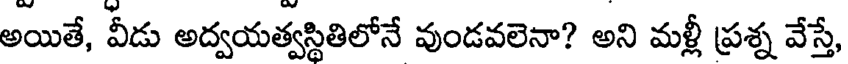
అయితే, వీడు అద్వయత్వస్థితిలోనే వుండవలెనా? అని మళ్లీ ప్రశ్న వేస్తే,